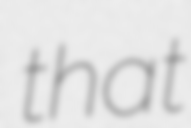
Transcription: that